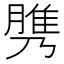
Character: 𦞾